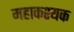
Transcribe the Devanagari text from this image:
महाकश्यक